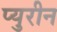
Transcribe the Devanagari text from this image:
प्युरीन